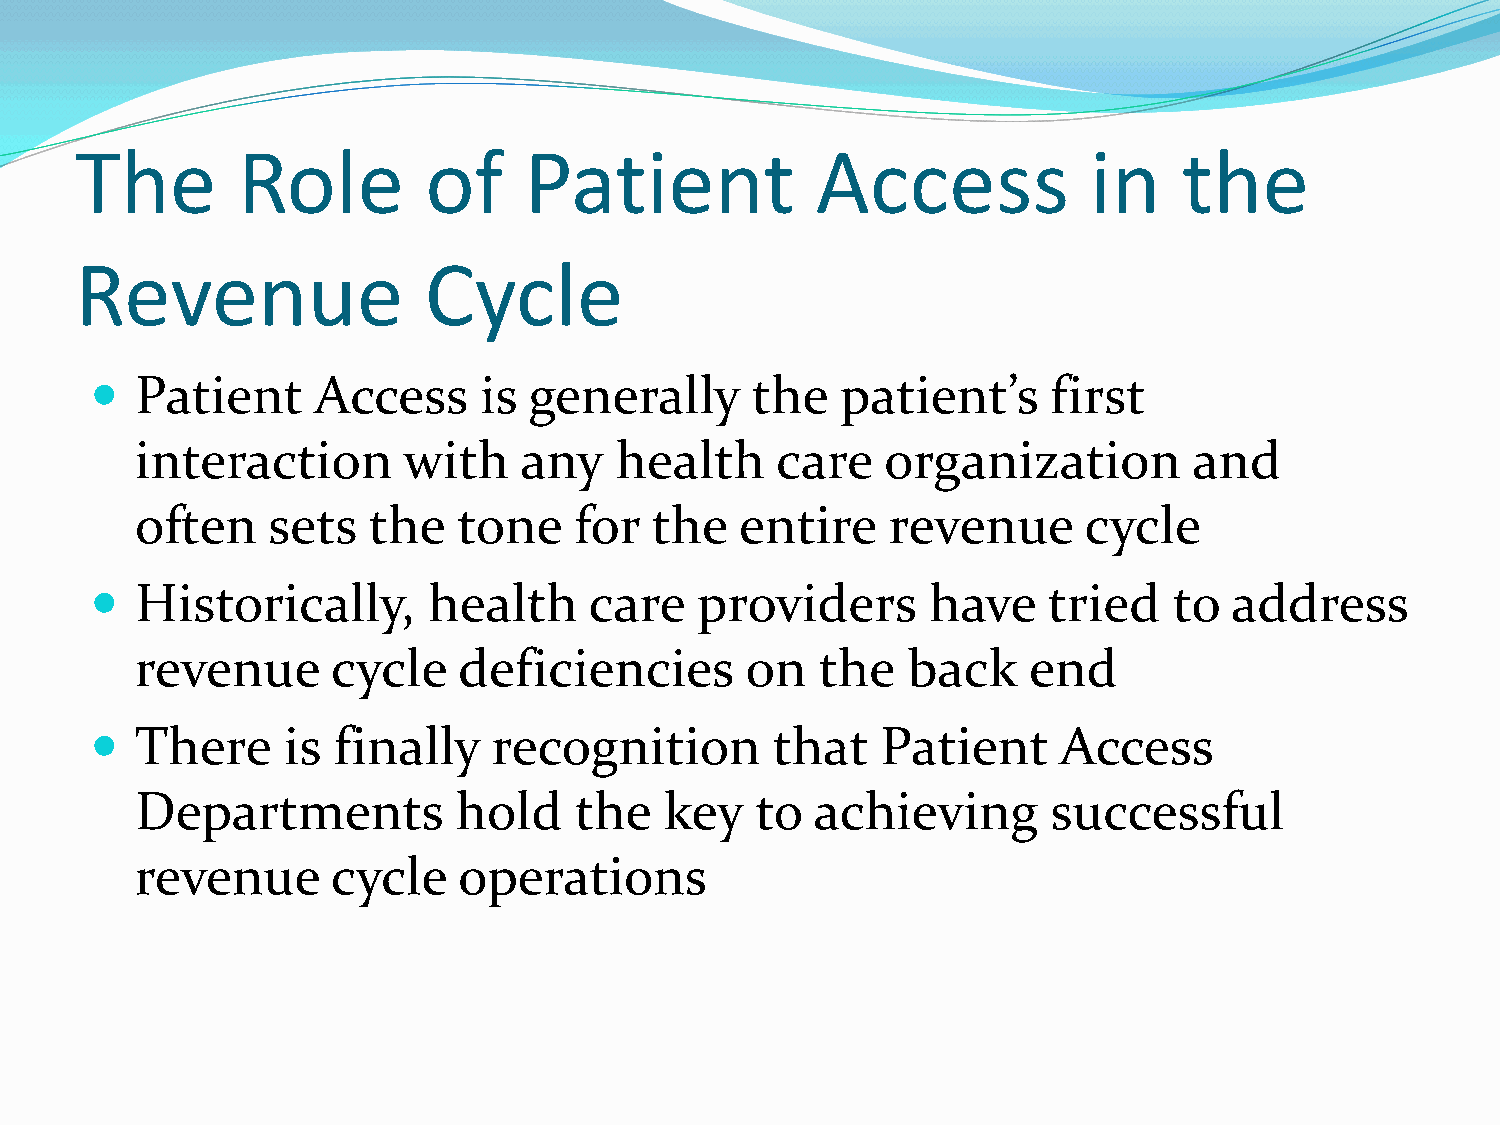
The        Role        of     Patient            Access            in    the
 Revenue                Cycle
   Patient     Access     is generally      the   patient’s     first
 interaction       with   any    health    care    organization        and
 often    sets  the   tone    for  the   entire    revenue      cycle
   Historically,      health     care   providers       have   tried    to  address
 revenue      cycle   deficiencies       on   the   back    end
   There     is finally    recognition       that   Patient     Access
 Departments          hold    the   key   to  achieving       successful
 revenue      cycle   operations